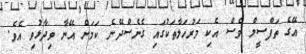
އޭގެ ތަފްސީލް ވެސް އެކި މަރުހަލާތަކުގައި ގެނެސްދޭނެ ކަމަށް އޭނާ ވިދާޅުވި އެވެ.